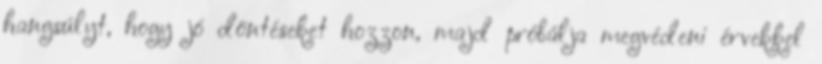
hangsúlyt, hogy jó döntéseket hozzon, majd próbálja megvédeni érvekkel